Voisiku_vallavalitsus, lk 119
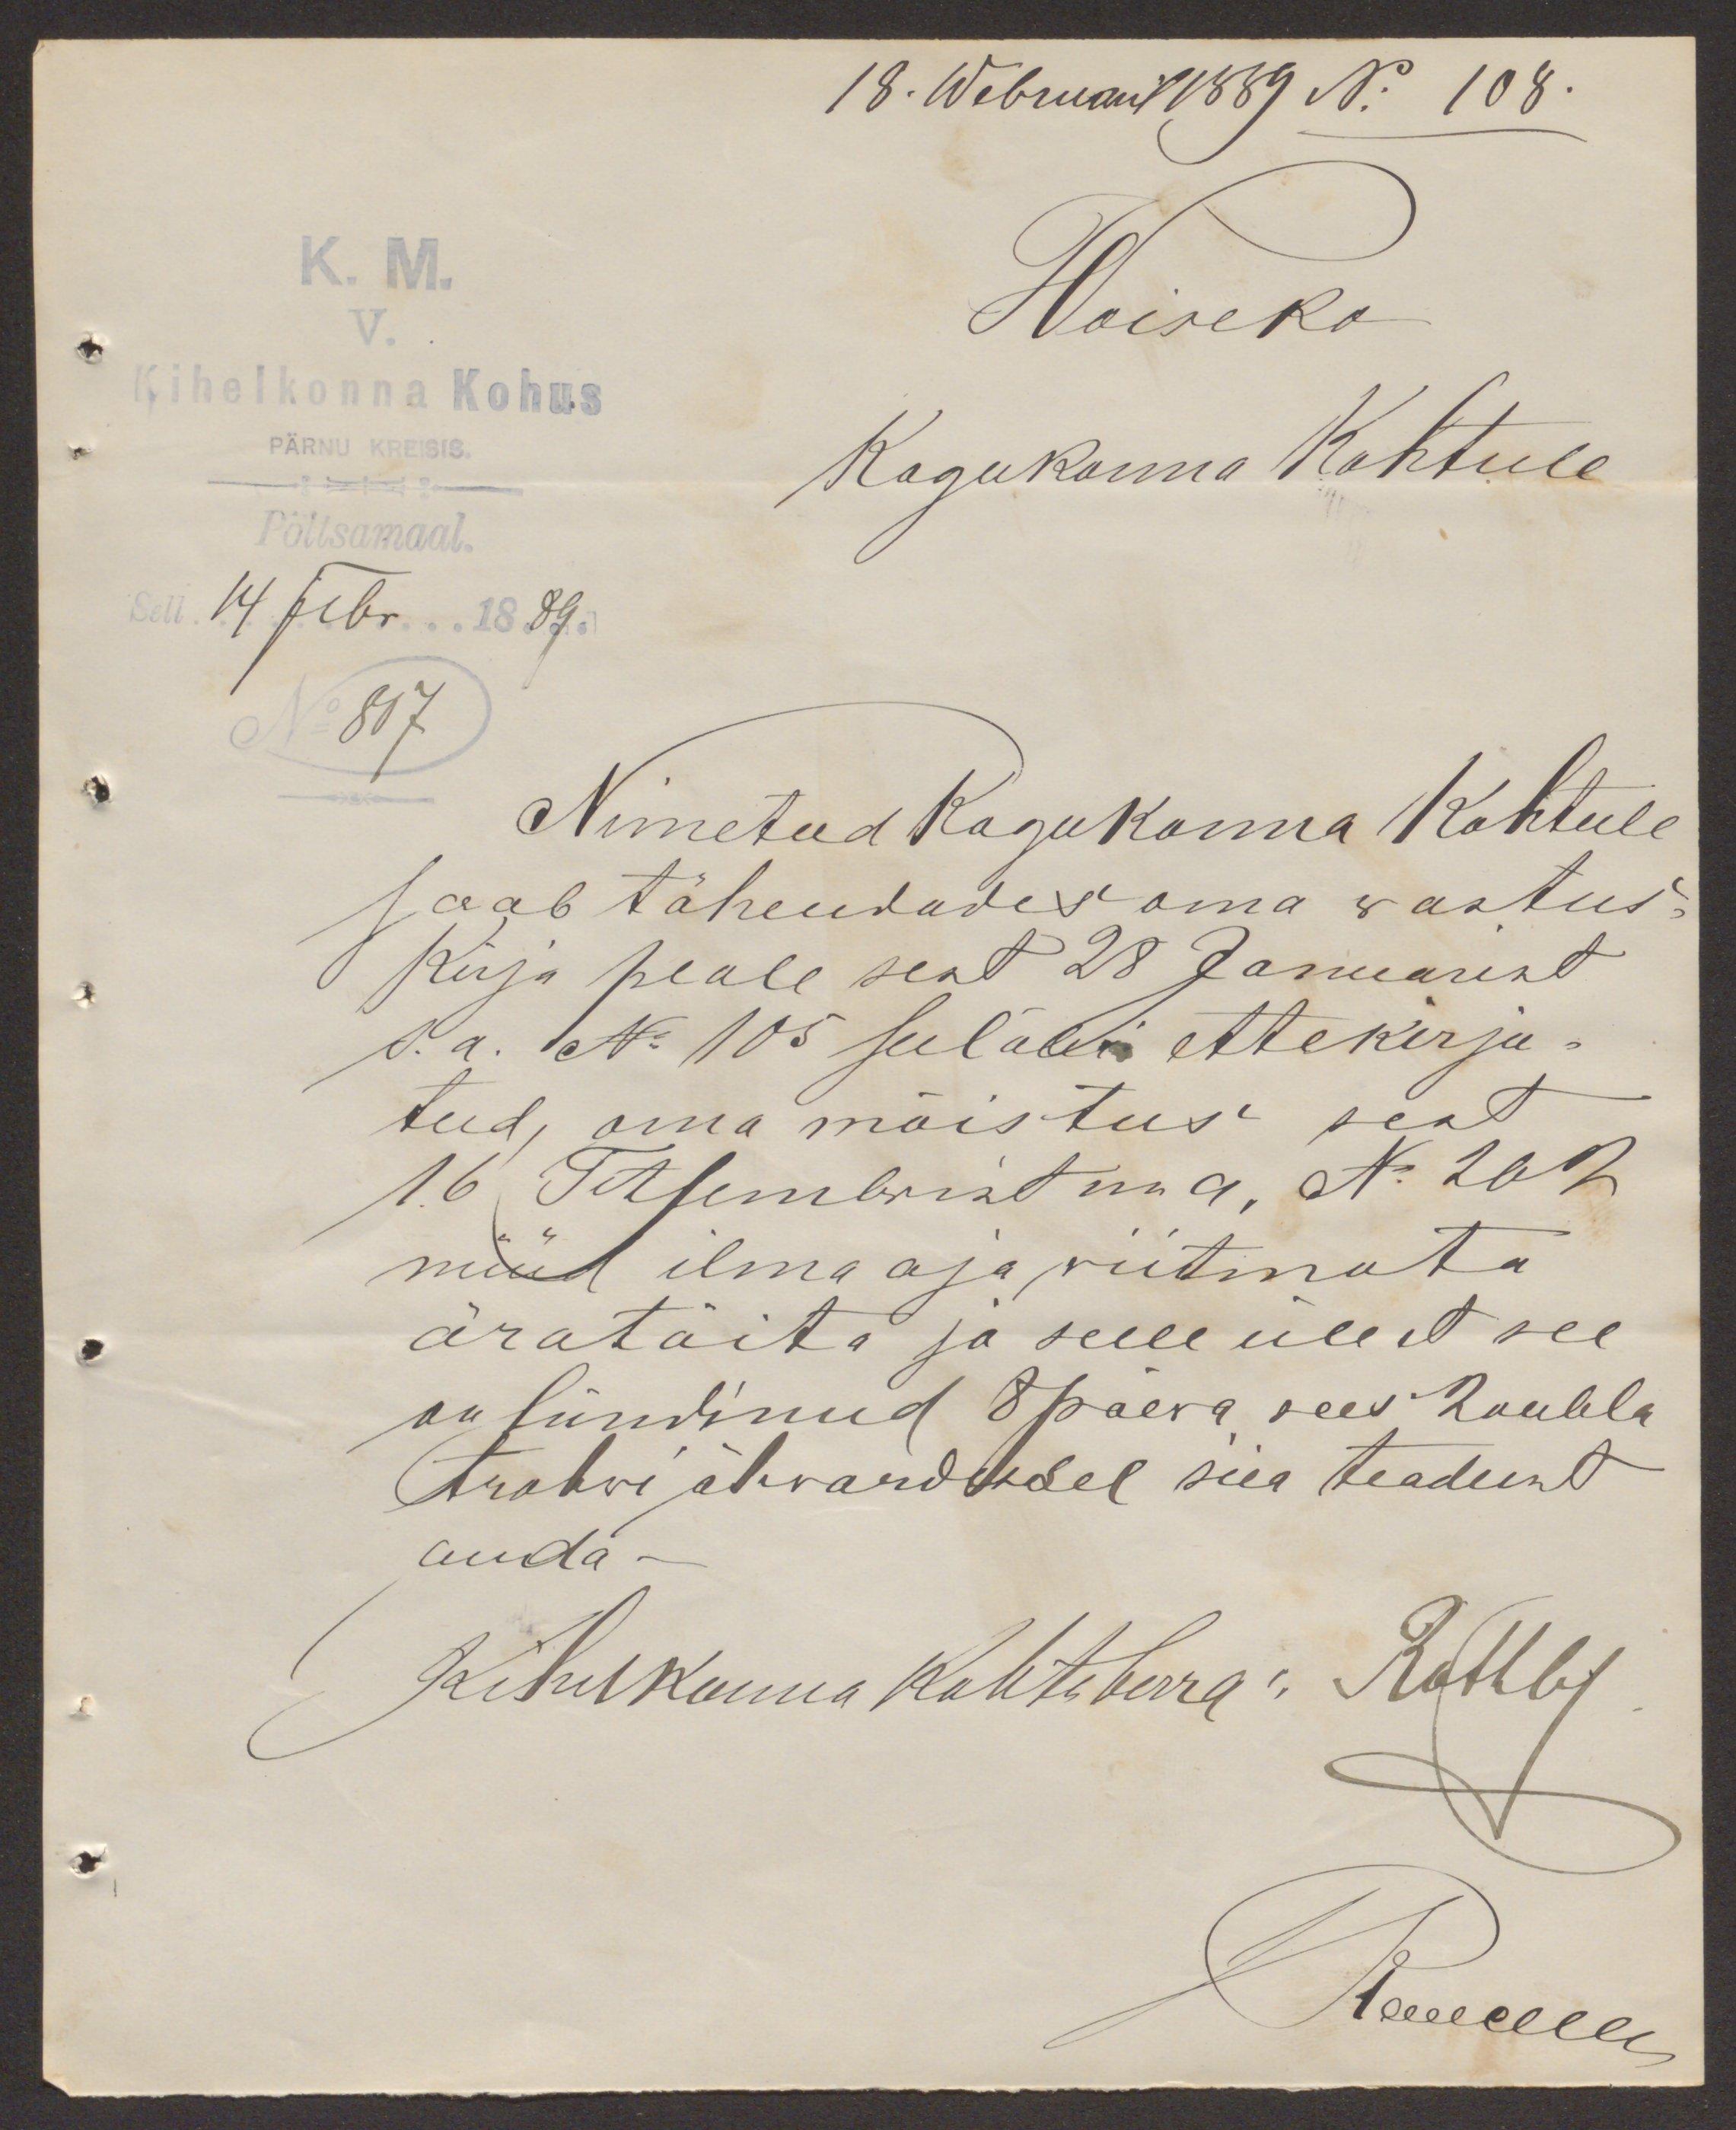
18. Webruaril 1889 No 108.
K. M.
Woiseko
V.
Kihelkonna Kohus
Kogukonna Kohtule
PÄRNU KREISIS
Pöltsamaal.
Sell 14. Febr. 1889.
No 807
Nimetud Kogukonna Kohtule
saab tähendades oma wastus-
Kirja peale sest 28 Januarist
s.a. No105 seeläbi ettekirju-
tud, oma mõistus seat
16. Tetsembrist ma , N: 202
nüüd ilma aja viitmata
äratäita ja selle üle et see
on sündinud 8 päeva sees 2 rubla
trahwi ähvardusel siia teadust
anda -
Kihelkonna kohtoherra: Rothby
Алессли